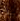
إلى